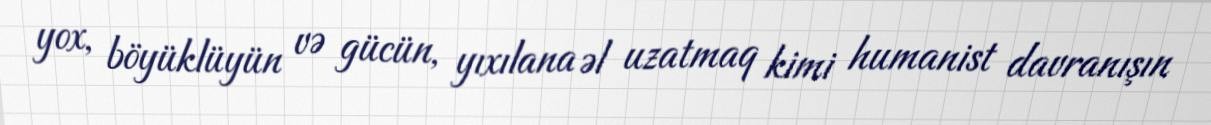
yox, böyüklüyün və gücün, yıxılana əl uzatmaq kimi humanist davranışın